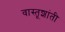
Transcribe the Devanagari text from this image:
वास्तूशांती